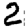
Digit: 2